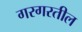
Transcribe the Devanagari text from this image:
गरगरतील